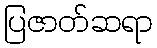
ပြဇာတ်ဆရာ